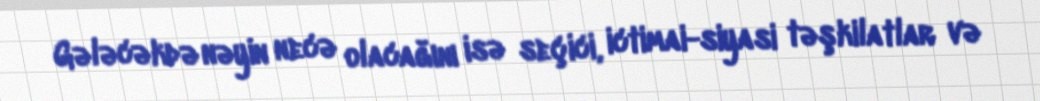
Gələcəkdə nəyin necə olacağını isə seçici, ictimai-siyasi təşkilatlar və